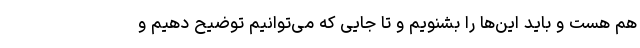
هم هست و باید این‌ها را بشنویم و تا جایی که می‌توانیم توضیح دهیم و